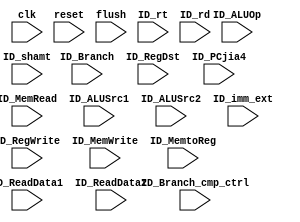
`timescale 1ns / 1ps

module ID_EX(
input wire clk,
input wire reset,
input wire flush,
input wire ID_RegWrite,
input wire ID_MemRead,
input wire ID_MemWrite,
input wire [1:0]ID_MemtoReg,
input wire ID_ALUSrc1,
input wire ID_ALUSrc2,
input wire ID_Branch,
input wire [2:0] ID_Branch_cmp_ctrl,
input wire [4:0] ID_ALUOp,
input wire [1:0] ID_RegDst,
input wire [31:0] ID_ReadData1,
input wire [31:0] ID_ReadData2,
input wire [31:0] ID_imm_ext,
input wire [31:0] ID_PCjia4,
input wire [4:0] ID_shamt,
input wire [4:0] ID_rt,
input wire [4:0] ID_rd
    );
    reg RegWrite;
    reg MemRead;
    reg MemWrite;
    reg [1:0]MemtoReg;
    reg ALUSrc1;
    reg ALUSrc2;
    reg Branch;
    reg [2:0]Branch_cmp_ctrl;
    reg [4:0]ALUOp;
    reg [1:0]RegDst;
    reg [31:0]ReadData1;
    reg [31:0]ReadData2;
    reg [31:0]imm_ext;
    reg [31:0]PCjia4;
    reg [4:0] shamt;
    reg [4:0] rt;
    reg [4:0] rd;
    initial
    begin
    RegWrite<=0;
    MemRead<=0;
    MemWrite<=0;
    MemtoReg<=2'b0;
    ALUSrc1<=0;
    ALUSrc2<=0;
    Branch<=0;
    Branch_cmp_ctrl<=3'b0;
    ALUOp<=5'b0;
    RegDst<=2'b0;
    ReadData1<=32'b0;
    ReadData2<=32'b0;
    imm_ext<=32'b0;
    PCjia4<=32'b0;
    shamt<=5'b0;
    rt<=5'b0;
    rd<=5'b0;
    end
    always@(posedge clk or posedge reset)begin
    if(reset)begin
    RegWrite<=0;
    MemRead<=0;
    MemWrite<=0;
    MemtoReg<=2'b0;
    ALUSrc1<=0;
    ALUSrc2<=0;
    Branch<=0;
    Branch_cmp_ctrl<=3'b0;
    ALUOp<=5'b0;
    RegDst<=2'b0;
    ReadData1<=32'b0;
    ReadData2<=32'b0;
    imm_ext<=32'b0;
    PCjia4<=32'b0;
    shamt<=5'b0;
    rt<=5'b0;
    rd<=5'b0;    
    end
    else if(flush)begin
    RegWrite<=0;
    MemRead<=0;
    MemWrite<=0;
    MemtoReg<=2'b0;
    ALUSrc1<=0;
    ALUSrc2<=0;
    Branch<=0;
    Branch_cmp_ctrl<=3'b0;
    ALUOp<=5'b0;
    RegDst<=2'b0;
    ReadData1<=32'b0;
    ReadData2<=32'b0;
    imm_ext<=32'b0;
    PCjia4<=32'b0;
    shamt<=5'b0;
    rt<=5'b0;
    rd<=5'b0;        
    end
    else begin
    RegWrite<=ID_RegWrite;
    MemRead<=ID_MemRead;
    MemWrite<=ID_MemWrite;
    MemtoReg<=ID_MemtoReg;
    ALUSrc1<=ID_ALUSrc1;
    ALUSrc2<=ID_ALUSrc2;
    Branch<=ID_Branch;
    Branch_cmp_ctrl<=ID_Branch_cmp_ctrl;
    ALUOp<=ID_ALUOp;
    RegDst<=ID_RegDst;
    ReadData1<=ID_ReadData1;
    ReadData2<=ID_ReadData2;
    imm_ext<=ID_imm_ext;
    PCjia4<=ID_PCjia4;
    shamt<=ID_shamt;
    rt<=ID_rt;
    rd<=ID_rd;
    end
    end
    
    
endmodule